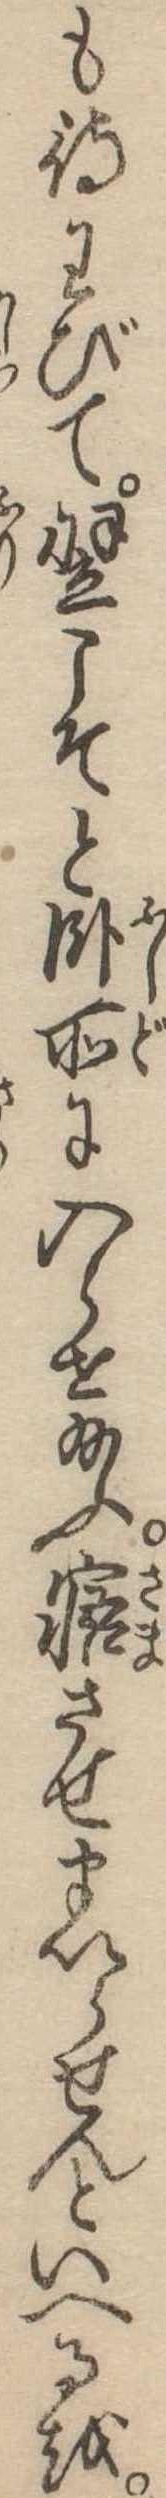
も待わびて翌こそと臥所に入らせ給ふ寤させまいらせんといへるを